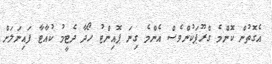
އެގޮތުން ކޮންމެ ގްރޫޕަކުންވެސް އެންމެ ގިނަ ޕޮއިންޓު ހޯދާ ދެޓީމު ކުއާޓާ ފައިނަލަށް